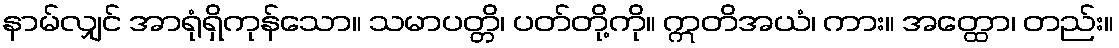
နာမ်လျှင် အာရုံရှိကုန်သော။ သမာပတ္တိ၊ ပတ်တို့ကို။ ဣတိအယံ၊ ကား။ အတ္ထော၊ တည်း။